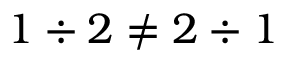
1 \div 2 \neq 2 \div 1